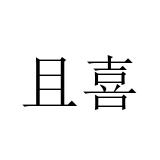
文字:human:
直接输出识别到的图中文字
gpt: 且喜